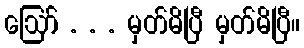
ဪ . . . မှတ်မိပြီ မှတ်မိပြီ။